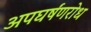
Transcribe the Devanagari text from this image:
अपघर्षंणरोध